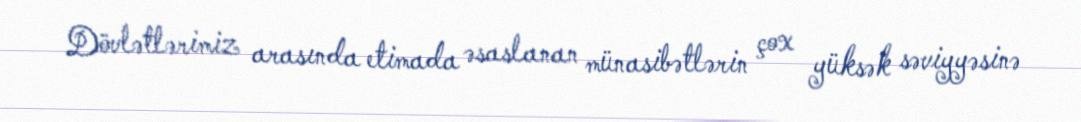
Dövlətlərimiz arasında etimada əsaslanan münasibətlərin çox yüksək səviyyəsinə